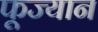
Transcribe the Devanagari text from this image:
फूज्यान